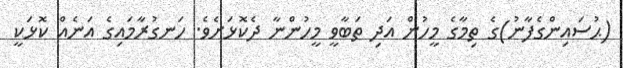
(ޙުސައިންގެފާނު)ގެ ތިމާގެ މީހުން އަދި ތަބާވީ މީހުންނާ ދެކޮޅަށެވެ. ހަނގުރާމައިގެ އަނެއް ކޮޅަކީ